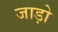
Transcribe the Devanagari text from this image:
जाड़ो